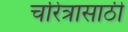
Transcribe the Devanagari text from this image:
चरित्रासाठी